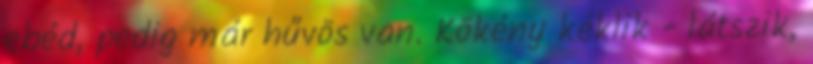
ebéd, pedig már hűvös van. Kökény kéklik - látszik,